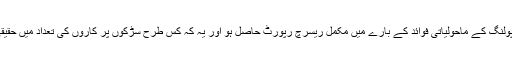
یہ اس بات کو یقینی بنانے کے لئے ہے کہ ٹیم کو کارپولنگ کے ماحولیاتی فوائد کے بارے میں مکمل ریسرچ رپورٹ حاصل ہو اور یہ کہ کس طرح سڑکوں پر کاروں کی تعداد میں حقیقی کمی آلودگی اور کاربن فُٹ پرنٹ کو گھٹا سکتی ہے۔